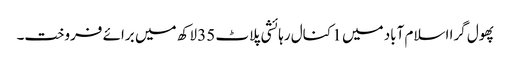
پھول گرا اسلام آباد میں 1 کنال رہائشی پلاٹ 35 لاکھ میں برائے فروخت۔